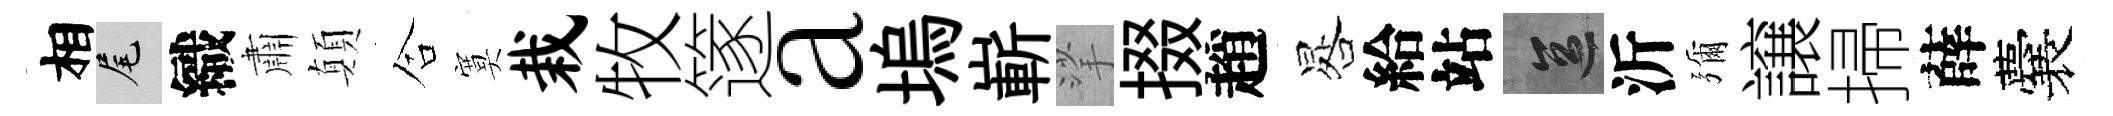
相尾織肅顛合寞栽牧篴a塢嶄挲掇趙晷給站區沂彌譲掃薛囊